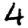
Digit: 4